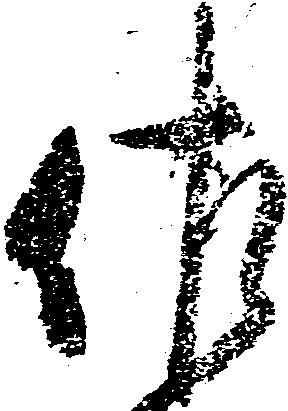
佐